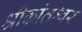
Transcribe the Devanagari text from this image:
श्रीकांतेश्वर